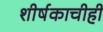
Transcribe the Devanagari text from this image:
शीर्षकाचीही